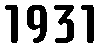
1931